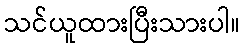
သင်ယူထားပြီးသားပါ။